Civil Veterinary Department. United Provinces 1923-31 - 1923-1931
Year: 1923
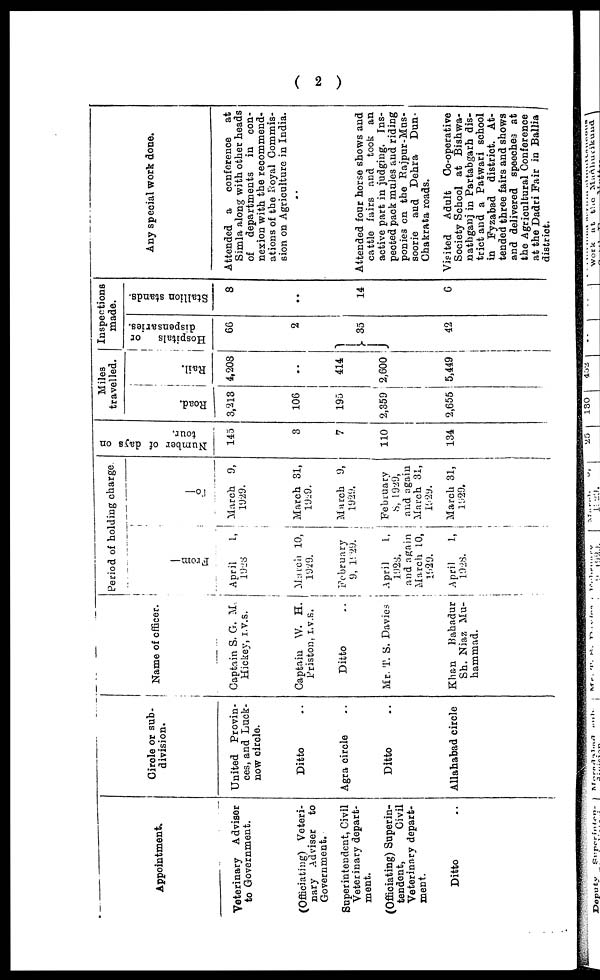
( 2 )
Appointment.
Veterinary Adviser
to Government.
(Officiating) Veteri-
nary Adviser to
Government.
Superintendent, Civil
Veterinary depart-
ment.
(Officiating) Superin-
tendent,
Civil
Veterinary depart-
ment.
Ditto ..
Circle or sub-
division.
United Provin-
ces, and Luck-
now circle.
Ditto ..
Agra circle ..
Ditto ..
Allahabad circle
Name of officer.
Captain S. G. M.
Hickey, I.V.S.
Captain W. H.
Priston, I.V.S.
Ditto
Mr. T. S. Davies
Khan
Bahadur
Sh. Niaz Mu-
hammad.
Period of holding charge.
From—
April
1,
1928
March 10,
1929.
February
9, 1929.
April
1,
1928.
and again
March 10,
1929.
April
1,
1928.
To—
March 9,
1929.
March 81,
1929.
March 9,
1929.
February
8, 1929,
and again
March 31,
1929.
March 31,
1929.
Number of days on
tour.
145
3
7
110
134
Miles
travelled.
Road.
3,213
106
195
2,359
2,655
Rail.
4,208
..
414
2,600
5,449
Inspections
made.
Hospitals or
dispensaries.
66
2
35
42
Stallion stands.
8
..
14
6
Any special work done.
Attended a conference at
Simla along with other heads
of departments
in con-
nexion with the recommend-
ations of the Royal Commis-
sion on Agriculture in India.
Attended four horse shows and
cattle fairs and took an
active part in judging. Ins-
pected pack mules and riding
ponies on the Rajpur-Mus-
soorie and Dehra Dun-
Chakrata roads.
Visited Adult Co-operative
Society School at Bishwa-
nathganj in Partabgarh dis-
trict and a Patwari school
in Fyzabad district. At-
tended three fairs and shows
and delivered speeches at
the Agricultural Conference
at the Dadri Fair in Ballia
district.